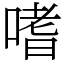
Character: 嗜